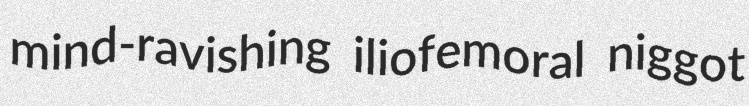
mind-ravishing iliofemoral niggot